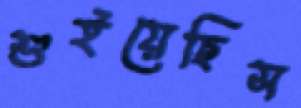
শুইয়েছিস